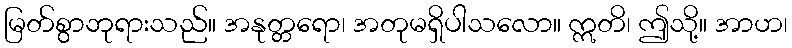
မြတ်စွာဘုရားသည်။ အနုတ္တရော၊ အတုမရှိပါသလော။ ဣတိ၊ ဤသို့။ အာဟ၊